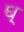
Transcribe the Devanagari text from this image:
घ्‌